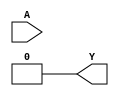
`timescale 1ns/1ps
`celldefine
//
// LUT6 simulation model
// 6-input lookup table (LUT)
//
// Copyright (c) 2023 Rapid Silicon, Inc.  All rights reserved.
//

module LUT6 #(
  parameter [63:0] INIT_VALUE = 64'h0000000000000000 // 64-bit LUT logic value
) (
  input [5:0] A, // Data Input
  output Y // Data Output
);

  wire [31: 0] s5 = A[5] ? INIT_VALUE[63:32] : INIT_VALUE[31: 0];
  wire [15: 0] s4 = A[4] ?   s5[31:16] :   s5[15: 0];
  wire [ 7: 0] s3 = A[3] ?   s4[15: 8] :   s4[ 7: 0];
  wire [ 3: 0] s2 = A[2] ?   s3[ 7: 4] :   s3[ 3: 0];
  wire [ 1: 0] s1 = A[1] ?   s2[ 3: 2] :   s2[ 1: 0];
  assign Y = A[0] ? s1[1] : s1[0];


endmodule
`endcelldefine